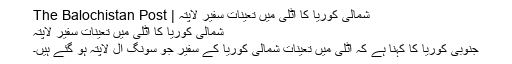
شمالی کوریا کا اٹلی میں تعینات سفیر لاپتہ | The Balochistan Post
شمالی کوریا کا اٹلی میں تعینات سفیر لاپتہ
جنوبی کوریا کا کہنا ہے کہ اٹلی میں تعینات شمالی کوریا کے سفیر جو سونگ اِل لاپتہ ہو گئے ہیں۔